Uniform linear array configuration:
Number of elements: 4
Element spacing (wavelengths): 0.25
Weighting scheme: uniform
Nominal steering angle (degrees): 45
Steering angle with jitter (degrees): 45.852
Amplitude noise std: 0.05
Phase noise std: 0.05

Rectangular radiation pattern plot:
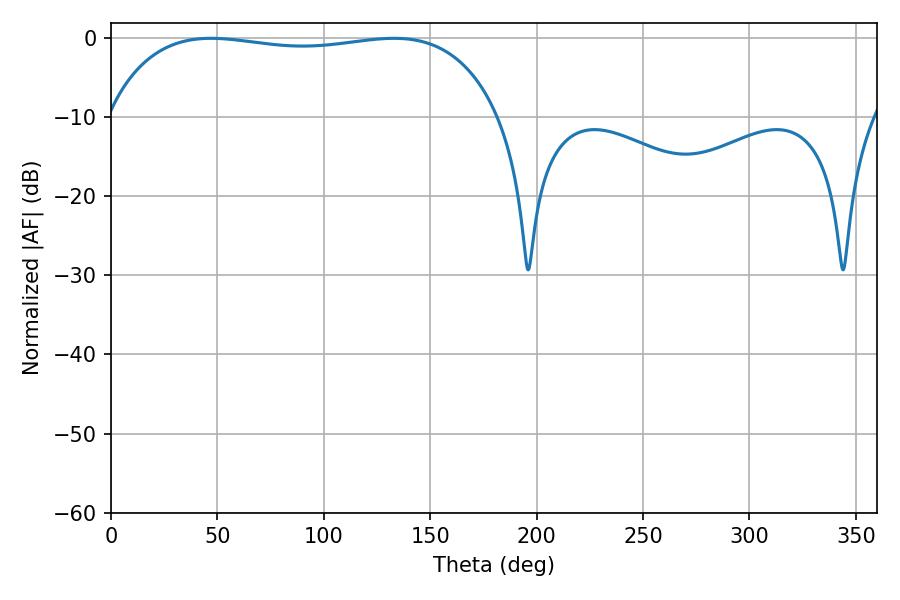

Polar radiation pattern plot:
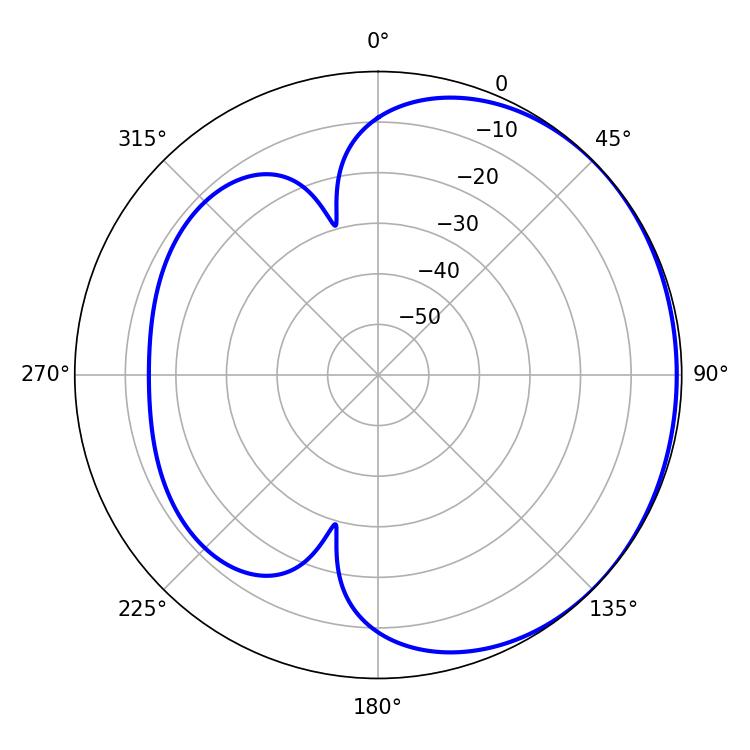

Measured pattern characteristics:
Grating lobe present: FALSE
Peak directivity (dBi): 0.8973
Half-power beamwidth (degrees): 147.96
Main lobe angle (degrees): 46.98